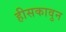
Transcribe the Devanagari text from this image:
हीसकावुन